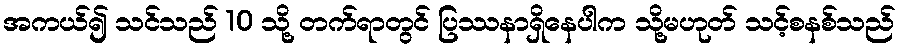
အကယ်၍ သင်သည် 10 သို့ တက်ရာတွင် ပြဿနာရှိနေပါက သို့မဟုတ် သင့်စနစ်သည်